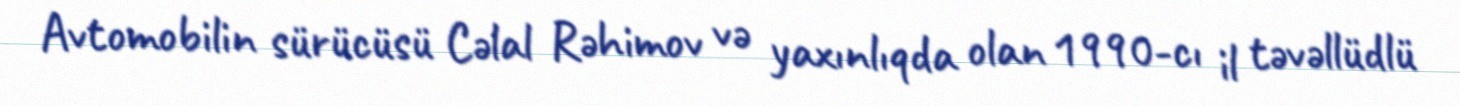
Avtomobilin sürücüsü Cəlal Rəhimov və yaxınlıqda olan 1990-cı il təvəllüdlü